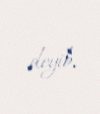
deyib.